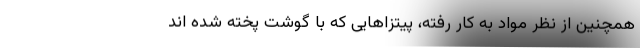
همچنین از نظر مواد به کار رفته، پیتزاهایی که با گوشت پخته شده اند